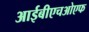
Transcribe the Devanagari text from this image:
आईबीएचओएफ